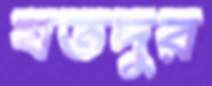
যতদুর